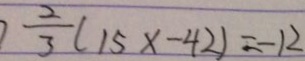
\frac { 2 } { 3 } ( 1 5 x - 4 2 ) = - 1 2